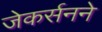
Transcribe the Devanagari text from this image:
जेकर्सनने